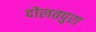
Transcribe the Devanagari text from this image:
दोलतपुरा